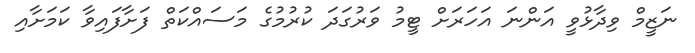
ނަޒީމް ވިދާޅުވީ އަންނަ އަހަރަށް ޓީމު ވަރުގަދަ ކުރުމުގެ މަސައްކަތް ފަށާފައިވާ ކަމަށާއި